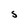
Character: S